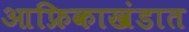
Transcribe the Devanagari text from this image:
आफ्रिकाखंडात